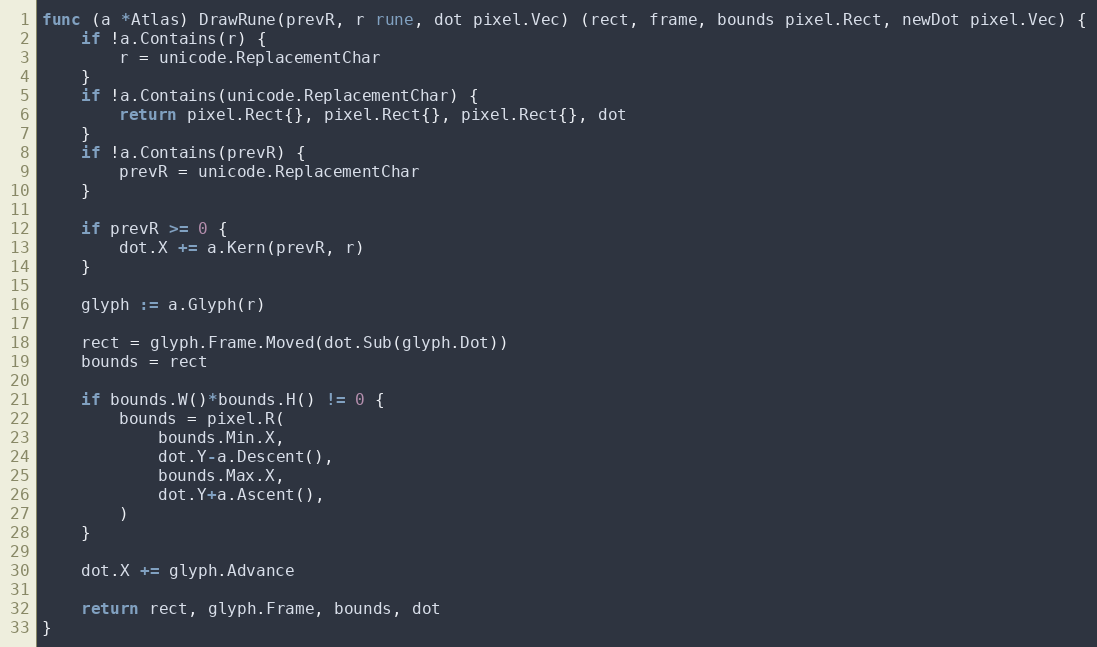
Language: Go
func (a *Atlas) DrawRune(prevR, r rune, dot pixel.Vec) (rect, frame, bounds pixel.Rect, newDot pixel.Vec) {
	if !a.Contains(r) {
		r = unicode.ReplacementChar
	}
	if !a.Contains(unicode.ReplacementChar) {
		return pixel.Rect{}, pixel.Rect{}, pixel.Rect{}, dot
	}
	if !a.Contains(prevR) {
		prevR = unicode.ReplacementChar
	}

	if prevR >= 0 {
		dot.X += a.Kern(prevR, r)
	}

	glyph := a.Glyph(r)

	rect = glyph.Frame.Moved(dot.Sub(glyph.Dot))
	bounds = rect

	if bounds.W()*bounds.H() != 0 {
		bounds = pixel.R(
			bounds.Min.X,
			dot.Y-a.Descent(),
			bounds.Max.X,
			dot.Y+a.Ascent(),
		)
	}

	dot.X += glyph.Advance

	return rect, glyph.Frame, bounds, dot
}